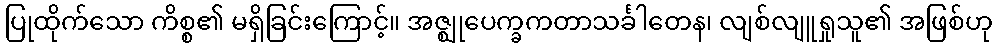
ပြုထိုက်သော ကိစ္စ၏ မရှိခြင်းကြောင့်။ အဇ္ဈုပေက္ခကတာသင်္ခါတေန၊ လျစ်လျူရှုသူ၏ အဖြစ်ဟု